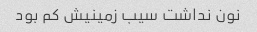
نون نداشت سیب زمینیش کم بود